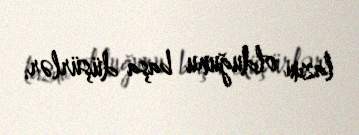
lazım olduğunu başa düşürlər.